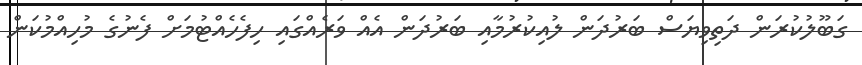
ގަބޫލުކުރަން ދަތިވިޔަސް ބަރުދަން ލުއިކުރުމާއި ބަރުދަން އެއް ވަރެއްގައި ހިފެހެއްޓުމަށް ފެނުގެ މުހިއްމުކަން